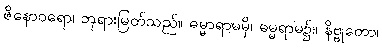
ဇိနောဝရော၊ ဘုရားမြတ်သည်။ ဓမ္မာရာမမှိ၊ ဓမ္မရာမ၌။ နိဗ္ဗုတော၊